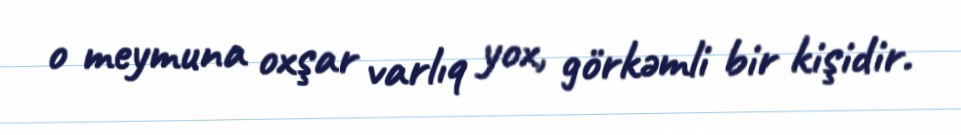
o meymuna oxşar varlıq yox, görkəmli bir kişidir.